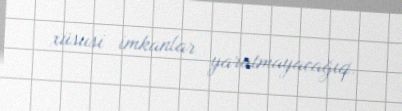
xüsusi imkanlar yaratmayacağıq.